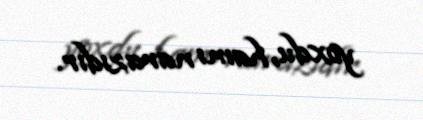
yoxdu, hamı narazıdır.